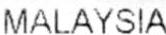
MALAYSIA